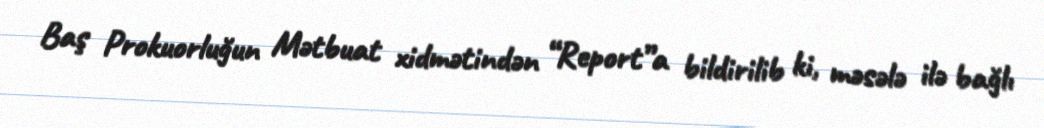
Baş Prokuorluğun Mətbuat xidmətindən “Report”a bildirilib ki, məsələ ilə bağlı